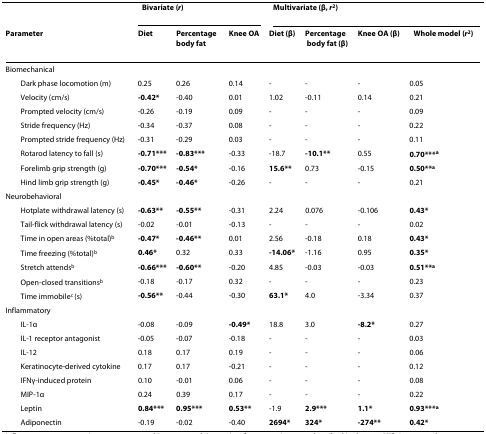
<table><thead><tr><td></td><td colspan="3"><b>Bivariate (<i>r</i>)</b></td><td colspan="4"><b>Multivariate (β, <i>r</i><sup>2</sup>)</b></td></tr><tr><td><b>Parameter</b></td><td><b>Diet</b></td><td><b>Percentage body fat</b></td><td><b>Knee OA</b></td><td><b>Diet (β)</b></td><td><b>Percentage body fat (β)</b></td><td><b>Knee OA (β)</b></td><td><b>Whole model (<i>r</i><sup>2</sup>)</b></td></tr></thead><tbody><tr><td>Biomechanical</td><td></td><td></td><td></td><td></td><td></td><td></td><td></td></tr><tr><td> Dark phase locomotion (m)</td><td>0.25</td><td>0.26</td><td>0.14</td><td>-</td><td>-</td><td>-</td><td>0.05</td></tr><tr><td> Velocity (cm/s)</td><td><b>-0.42*</b></td><td>-0.40</td><td>0.01</td><td>1.02</td><td>-0.11</td><td>0.14</td><td>0.21</td></tr><tr><td> Prompted velocity (cm/s)</td><td>-0.26</td><td>-0.19</td><td>0.09</td><td>-</td><td>-</td><td>-</td><td>0.09</td></tr><tr><td> Stride frequency (Hz)</td><td>-0.34</td><td>-0.37</td><td>0.08</td><td>-</td><td>-</td><td>-</td><td>0.22</td></tr><tr><td> Prompted stride frequency (Hz)</td><td>-0.31</td><td>-0.29</td><td>0.03</td><td>-</td><td>-</td><td>-</td><td>0.11</td></tr><tr><td> Rotarod latency to fall (s)</td><td><b>-0.71***</b></td><td><b>-0.83***</b></td><td>-0.33</td><td>-18.7</td><td><b>-10.1**</b></td><td>0.55</td><td><b>0.70***</b><sup><b>a</b></sup></td></tr><tr><td> Forelimb grip strength (g)</td><td><b>-0.70***</b></td><td><b>-0.54*</b></td><td>-0.16</td><td><b>15.6**</b></td><td>0.73</td><td>-0.15</td><td><b>0.50**</b><sup><b>a</b></sup></td></tr><tr><td> Hind limb grip strength (g)</td><td><b>-0.45*</b></td><td><b>-0.46*</b></td><td>-0.26</td><td>-</td><td>-</td><td>-</td><td>0.21</td></tr><tr><td>Neurobehavioral</td><td></td><td></td><td></td><td></td><td></td><td></td><td></td></tr><tr><td> Hotplate withdrawal latency (s)</td><td><b>-0.63**</b></td><td><b>-0.55**</b></td><td>-0.31</td><td>2.24</td><td>0.076</td><td>-0.106</td><td><b>0.43*</b></td></tr><tr><td> Tail-flick withdrawal latency (s)</td><td>-0.02</td><td>-0.01</td><td>-0.13</td><td>-</td><td>-</td><td>-</td><td>0.02</td></tr><tr><td> Time in open areas (%total)<sup>b</sup></td><td><b>-0.47*</b></td><td><b>-0.46**</b></td><td>0.01</td><td>2.56</td><td>-0.18</td><td>0.18</td><td><b>0.43*</b></td></tr><tr><td> Time freezing (%total)<sup>b</sup></td><td><b>0.46*</b></td><td>0.32</td><td>0.33</td><td><b>-14.06*</b></td><td>-1.16</td><td>0.95</td><td><b>0.35*</b></td></tr><tr><td> Stretch attends<sup>b</sup></td><td><b>-0.66***</b></td><td><b>-0.60**</b></td><td>-0.20</td><td>4.85</td><td>-0.03</td><td>-0.03</td><td><b>0.51**</b><sup><b>a</b></sup></td></tr><tr><td> Open-closed transitions<sup>b</sup></td><td>-0.18</td><td>-0.17</td><td>0.32</td><td>-</td><td>-</td><td>-</td><td>0.23</td></tr><tr><td> Time immobile<sup>c </sup>(s)</td><td><b>-0.56**</b></td><td>-0.44</td><td>-0.30</td><td><b>63.1*</b></td><td>4.0</td><td>-3.34</td><td>0.37</td></tr><tr><td>Inflammatory</td><td></td><td></td><td></td><td></td><td></td><td></td><td></td></tr><tr><td> IL-1α</td><td>-0.08</td><td>-0.09</td><td><b>-0.49*</b></td><td>18.8</td><td>3.0</td><td><b>-8.2*</b></td><td>0.27</td></tr><tr><td> IL-1 receptor antagonist</td><td>-0.05</td><td>-0.07</td><td>-0.18</td><td>-</td><td>-</td><td>-</td><td>0.03</td></tr><tr><td> IL-12</td><td>0.18</td><td>0.17</td><td>0.19</td><td>-</td><td>-</td><td>-</td><td>0.06</td></tr><tr><td> Keratinocyte-derived cytokine</td><td>0.17</td><td>0.17</td><td>-0.21</td><td>-</td><td>-</td><td>-</td><td>0.12</td></tr><tr><td> IFNγ-induced protein</td><td>0.10</td><td>-0.01</td><td>0.06</td><td>-</td><td>-</td><td>-</td><td>0.08</td></tr><tr><td> MIP-1α</td><td>0.24</td><td>0.39</td><td>0.17</td><td>-</td><td>-</td><td>-</td><td>0.22</td></tr><tr><td> Leptin</td><td><b>0.84***</b></td><td><b>0.95***</b></td><td><b>0.53**</b></td><td>-1.9</td><td><b>2.9***</b></td><td><b>1.1*</b></td><td><b>0.93***</b><sup><b>a</b></sup></td></tr><tr><td> Adiponectin</td><td>-0.19</td><td>-0.02</td><td>-0.40</td><td><b>2694*</b></td><td><b>324*</b></td><td><b>-274**</b></td><td><b>0.42*</b></td></tr></tbody></table>